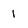
Character: 1